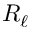
R _ { \ell }